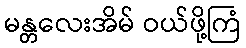
မန္တလေးအိမ် ဝယ်ဖို့ကြံ